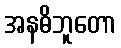
အနဓိဘူတော